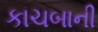
કાચબાની